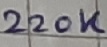
Text: 220K